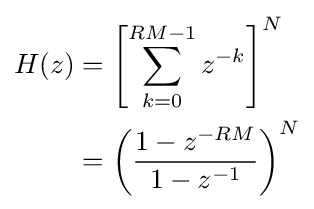
{\begin{aligned}H(z)&=\left[\sum _{k=0}^{RM-1}z^{-k}\right]^{N}\\&=\left({\frac {1-z^{-RM}}{1-z^{-1}}}\right)^{N}\end{aligned}}